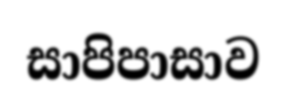
සාපිපාසාව